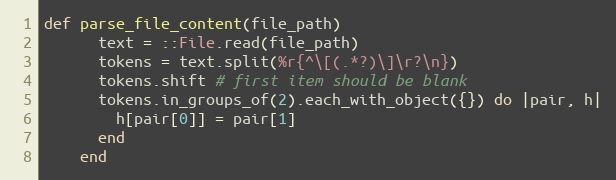
Language: Ruby
def parse_file_content(file_path)
      text = ::File.read(file_path)
      tokens = text.split(%r{^\[(.*?)\]\r?\n})
      tokens.shift # first item should be blank
      tokens.in_groups_of(2).each_with_object({}) do |pair, h|
        h[pair[0]] = pair[1]
      end
    end